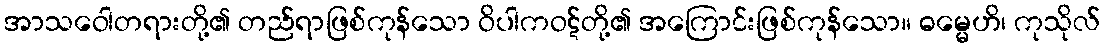
အာသဝေါတရားတို့၏ တည်ရာဖြစ်ကုန်သော ဝိပါကဝဋ်တို့၏ အကြောင်းဖြစ်ကုန်သော။ ဓမ္မေဟိ၊ ကုသိုလ်